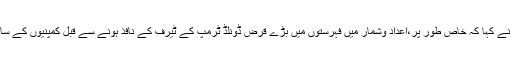
جے پی مورگن چیز کے مائیکل فیرولی نے کہا کہ خاص طور پر،اعداد وشمار میں فہرستوں میں بڑے قرض ڈونلڈ ٹرمپ کے ٹیرف کے نافذ ہونے سے قبل کمپنیوں کے سامان ذخیرہ کرنے کی عکاسی کرتے ہیں۔